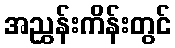
အညွှန်းကိန်းတွင်